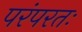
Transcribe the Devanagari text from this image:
परंपरतः